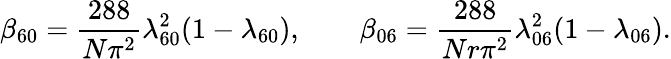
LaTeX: \beta_{60}={\frac{288}{N\pi^{2}}}\lambda_{60}^{2}(1-\lambda_{60}),\qquad\beta_{06}={\frac{288}{Nr\pi^{2}}}\lambda_{06}^{2}(1-\lambda_{06}).